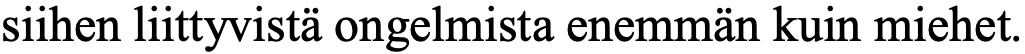
siihen liittyvistä ongelmista enemmän kuin miehet.